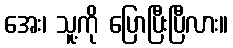
အေး၊ သူ့ကို ပြောပြီးပြီလား။